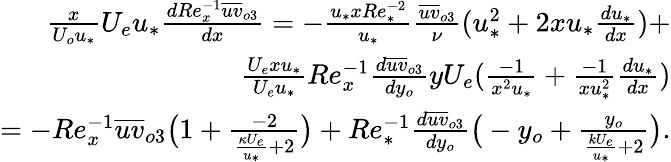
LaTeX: \begin{array}{r}{\frac{x}{U_{o}u_{*}}U_{e}u_{*}\frac{dRe_{x}^{-1}\overline{{uv}}_{o3}}{dx}=-\frac{u_{*}xRe_{*}^{-2}}{u_{*}}\frac{\overline{{uv}}_{o3}}{\nu}(u_{*}^{2}+2xu_{*}\frac{du_{*}}{dx})+}\\ {\frac{U_{e}xu_{*}}{U_{e}u_{*}}Re_{x}^{-1}\frac{d\overline{{uv}}_{o3}}{dy_{o}}yU_{e}(\frac{-1}{x^{2}u_{*}}+\frac{-1}{xu_{*}^{2}}\frac{du_{*}}{dx})}\\ {=-Re_{x}^{-1}\overline{{uv}}_{o3}\big(1+\frac{-2}{\frac{\kappa U_{e}}{u_{*}}+2}\big)+Re_{*}^{-1}\frac{d\overline{{uv}}_{o3}}{dy_{o}}\big(-y_{o}+\frac{y_{o}}{\frac{kU_{e}}{u_{*}}+2}\big).}\end{array}